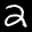
Label: 2